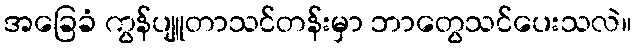
အခြေခံ ကွန်ပျူတာသင်တန်းမှာ ဘာတွေသင်ပေးသလဲ။